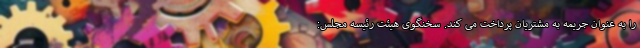
را به عنوان جریمه به مشتریان پرداخت می کند. سخنگوی هیئت رئیسه مجلس: